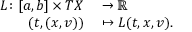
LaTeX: \begin{array} { r l } { L \colon [ a , b ] \times T X } & { { } \to \mathbb { R } } \\ { ( t , ( x , v ) ) } & { { } \mapsto L ( t , x , v ) . } \end{array}